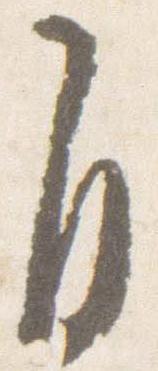
自